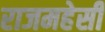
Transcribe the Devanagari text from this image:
राजमहेसी